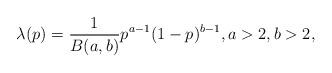
LaTeX: \begin{align*}\lambda(p) = \frac{1}{B(a,b)} p^{a-1} (1-p)^{b-1}, a>2,b>2,\end{align*}